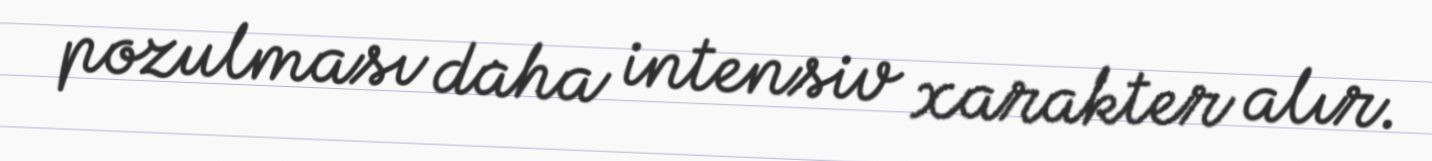
pozulması daha intensiv xarakter alır.